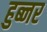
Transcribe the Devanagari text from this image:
हुब्नर